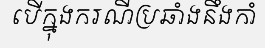
បើក្នុងករណីប្រឆាំងនឹងកាំ